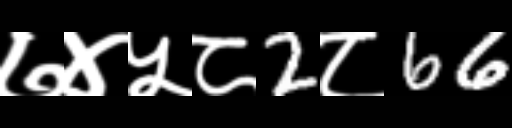
Text: ७४५८2८66